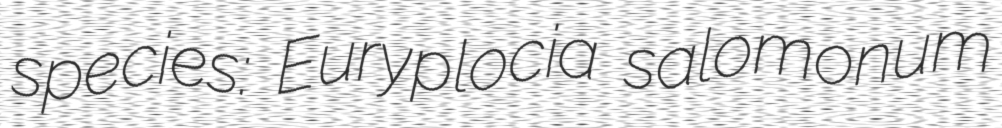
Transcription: species: Euryplocia salomonum